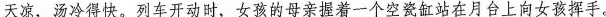
天凉，汤冷得快。列车开动时，女孩的母亲握着一个空瓷缸站在月台上向女孩挥手。